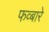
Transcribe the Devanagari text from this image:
फव्‍बारे